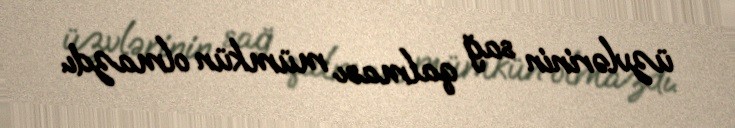
üzvlərinin sağ qalması mümkün olmazdı.